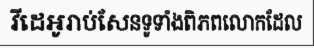
វីដេអូរាប់សែនទូទាំងពិភពលោកដែល